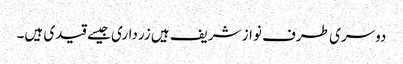
دوسری طرف نواز شریف ہیں زرداری جیسے قیدی ہیں۔